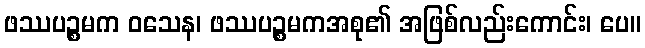
ဖဿပဉ္စမက ဝသေန၊ ဖဿပဉ္စမကအစု၏ အဖြစ်လည်းကောင်း၊ ပေ။